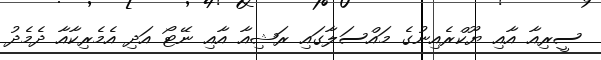
ސީރިއާ އާއި ޔޫކްރެއިނުގެ މައްސަލާގައި ރަޝިއާ އާއި ނޭޓޯ އަދި އެމެރިކާއާ ދެމެދު